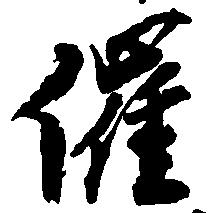
催